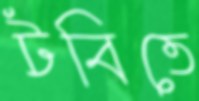
টবিতে